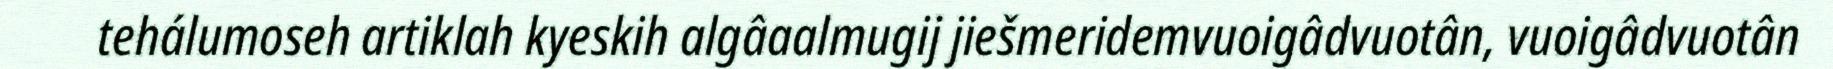
tehálumoseh artiklah kyeskih algâaalmugij jiešmeridemvuoigâdvuotân, vuoigâdvuotân